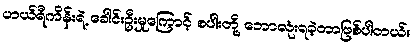
ဟယ်ရီကိန်းရဲ့ ခေါင်းဦးမှုကြောင့် စပါးတို့ ဘောလုံးရခဲ့တာဖြစ်ပါတယ်။